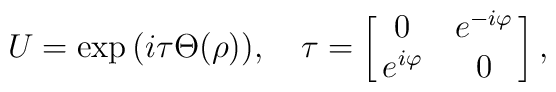
U=\exp\,(i\tau\Theta(\rho)),\quad\tau=\left[\matrix{0& e^{-i\varphi}\cr e^{i\varphi}&0\cr}\right],